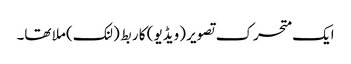
ایک متحرک تصویر (ویڈیو) کا ربط (لنک) ملا تھا۔